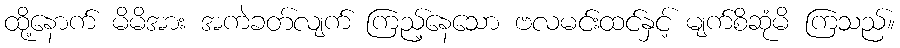
ထို့နောက် မိမိအား အကဲခတ်လျက် ကြည့်နေသော ဗလမင်းထင်နှင့် မျက်စိဆုံမိ ကြသည်။